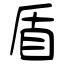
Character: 盾